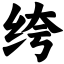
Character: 绔